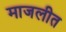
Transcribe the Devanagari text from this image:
माजलीत